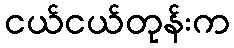
ငယ်ငယ်တုန်းက